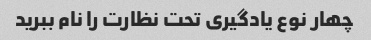
چهار نوع یادگیری تحت نظارت را نام ببرید